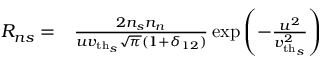
\begin{array} { r l } { R _ { n s } = } & { { } \frac { 2 n _ { s } n _ { n } } { u \ensuremath { v _ { \mathrm { t h } _ { s } } } \sqrt { \pi } ( 1 + \delta _ { 1 2 } ) } \exp \left( - \frac { u ^ { 2 } } { \ensuremath { v _ { \mathrm { t h } _ { s } } } ^ { 2 } } \right) } \end{array}